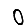
Digit: 0